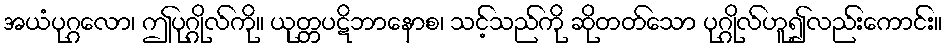
အယံပုဂ္ဂလော၊ ဤပုဂ္ဂိုလ်ကို။ ယုတ္တပဋိဘာနောစ၊ သင့်သည်ကို ဆိုတတ်သော ပုဂ္ဂိုလ်ဟူ၍လည်းကောင်း။